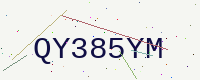
Text: QY385YM